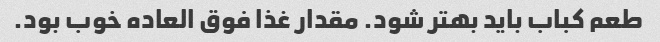
طعم کباب باید بهتر شود. مقدار غذا فوق العاده خوب بود.